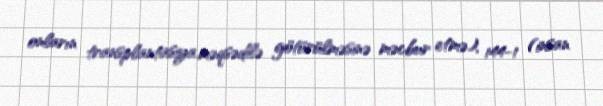
onların transplantasiya məqsədilə götürülməsinə məcbur etmə), 144-1 (insan